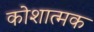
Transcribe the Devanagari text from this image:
कोशात्मक